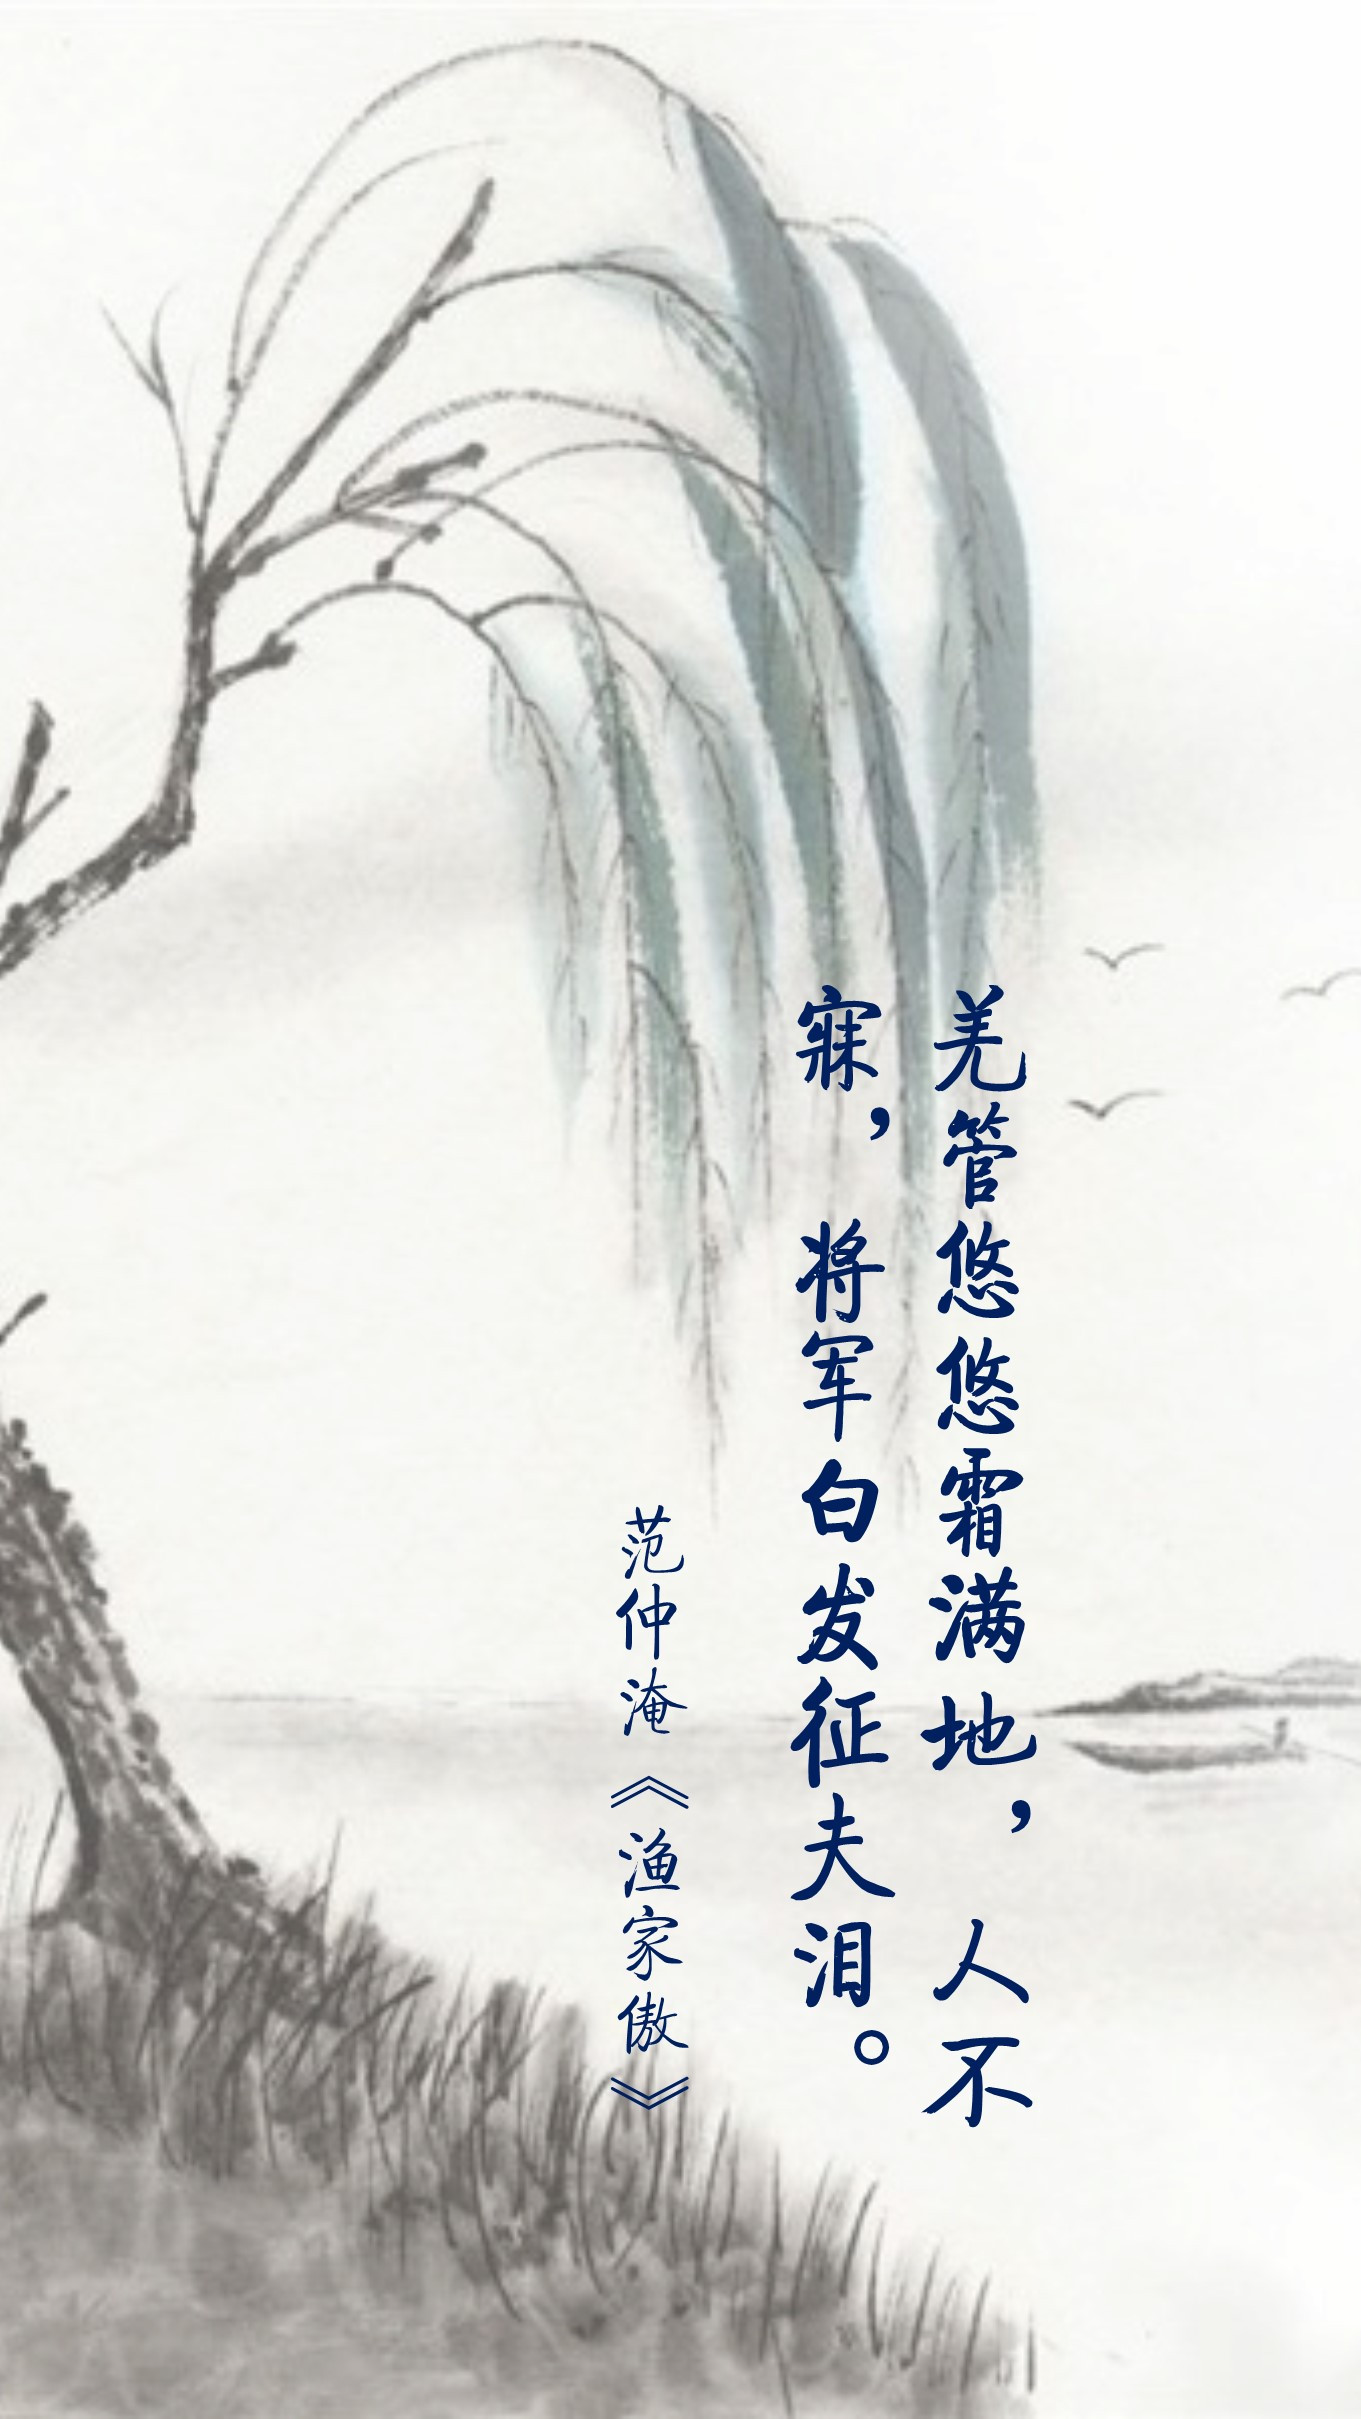
羌管悠悠霜满地，人不寐，将军白发征夫泪。